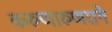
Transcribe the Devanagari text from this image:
करुणारुणरागे